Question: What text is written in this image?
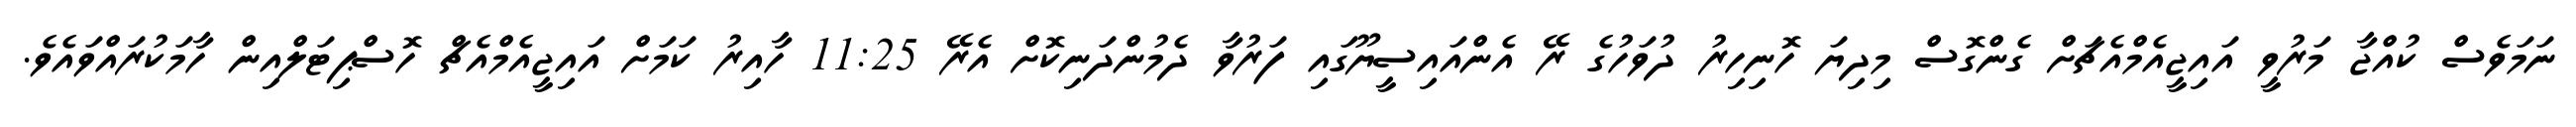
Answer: ނަމަވެސް ކުއްޖާ މަރުވީ އައިޖީއެމްއެޗަށް ގެންގޮސް މިދިޔަ ހޮނިހިރު ދުވަހުގެ ރޭ އެންއައިސީޔޫގައި ފަރުވާ ދެމުންދަނިކޮށް އެރޭ 11:25 ހާއިރު ކަމަށް އައިޖީއެމްއެޗް ހޮސްޕިޓަލްއިން ހާމަކުރައްވައެވެ.